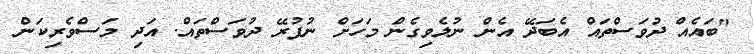
"ބައެއް ދުވަސްތައް އެބަދޭ އެން ނުލެވިގެން މަހަށް ނުފުރޭ ދުވަސްތައް. އަދި މަސްވެރިކަން